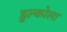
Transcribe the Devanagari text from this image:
डुल्कोला